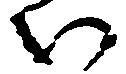
い